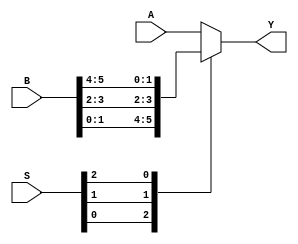
/* Generated by Yosys 0.20 (git sha1 4fcb95ed087, clang  -fPIC -Os) */

(* dynports =  1  *)
(* src = "mux.v:1.1-16.10" *)
module m_0 (A, B, S, Y);
  (* src = "mux.v:5.23-5.24" *)
  input [1:0] A;
  wire [1:0] A;
  (* src = "mux.v:5.26-5.27" *)
  input [5:0] B;
  wire [5:0] B;
  (* src = "mux.v:6.11-6.12" *)
  input [2:0] S;
  wire [2:0] S;
  (* src = "mux.v:7.28-7.29" *)
  output [1:0] Y;
  wire [1:0] Y;
  function [1:0] _0_;
    input [1:0] a;
    input [5:0] b;
    input [2:0] s;
    (* full_case = 32'd1 *)
    (* parallel_case = 32'd1 *)
    (* src = "mux.v:10.13-10.14|mux.v:10.9-13.19" *)
    (* parallel_case *)
    casez (s)
      3'b??1:
        _0_ = b[1:0];
      3'b?1?:
        _0_ = b[3:2];
      3'b1??:
        _0_ = b[5:4];
      default:
        _0_ = a;
    endcase
  endfunction
  assign Y = _0_(A, B, S);
endmodule